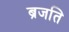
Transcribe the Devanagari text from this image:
ब्रजति